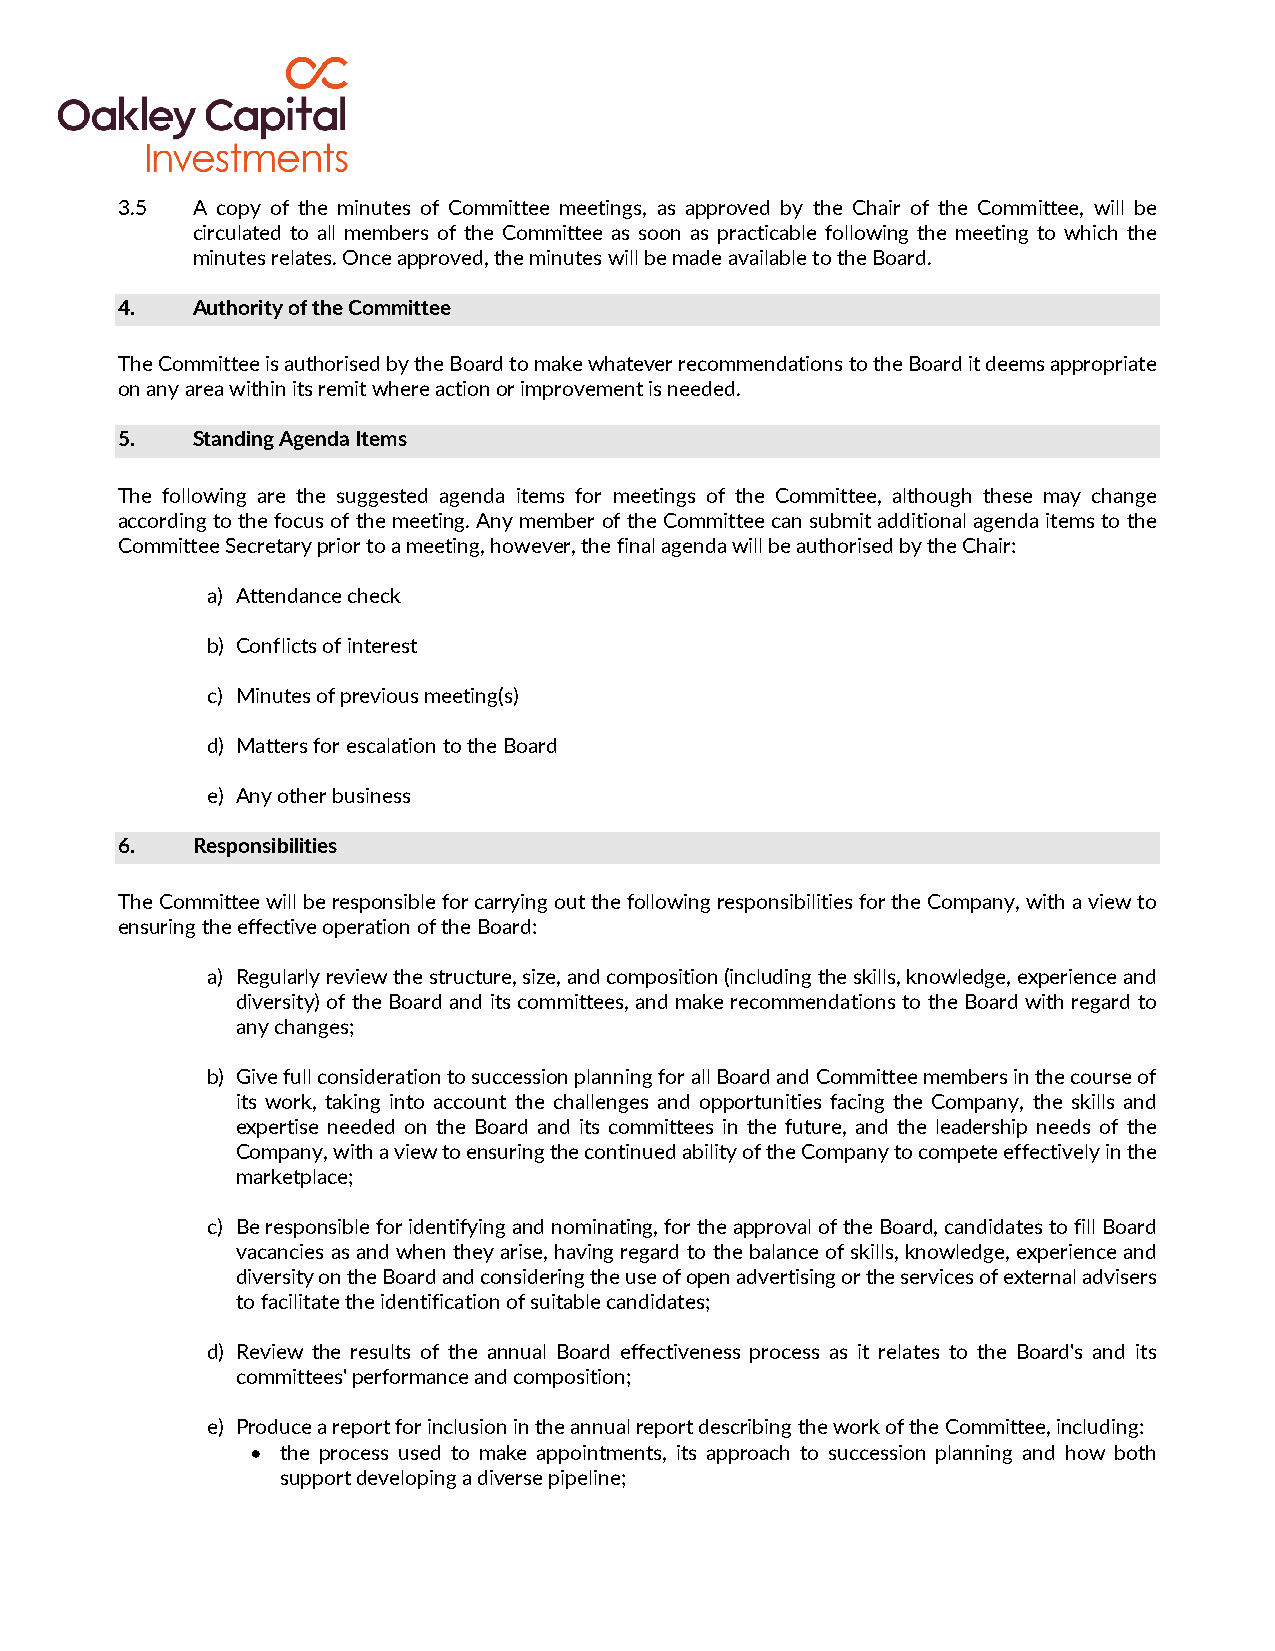
3.5  A copy of the minutes of Committee meetings, as approved by the Chair of the Committee, will be
 circulated to all members of the Committee as soon as practicable following the meeting to which the
 minutes relates. Once approved, the minutes will be made available to the Board.
 4.   Authority of the Committee
 The Committee is authorised by the Board to make whatever recommendations to the Board it deems appropriate
 on any area within its remit where action or improvement is needed.
 5.   Standing Agenda Items
 The following are the suggested agenda items for meetings of the Committee, although these may change
 according to the focus of the meeting. Any member of the Committee can submit additional agenda items to the
 Committee Secretary prior to a meeting, however, the final agenda will be authorised by the Chair:
 a) Attendance check
 b) Conflicts of interest
 c) Minutes of previous meeting(s)
 d) Matters for escalation to the Board
 e) Any other business
 6.   Responsibilities
 The Committee will be responsible for carrying out the following responsibilities for the Company, with a view to
 ensuring the effective operation of the Board:
 a) Regularly review the structure, size, and composition (including the skills, knowledge, experience and
 diversity) of the Board and its committees, and make recommendations to the Board with regard to
 any changes;
 b) Give full consideration to succession planning for all Board and Committee members in the course of
 its work, taking into account the challenges and opportunities facing the Company, the skills and
 expertise needed on the Board and its committees in the future, and the leadership needs of the
 Company, with a view to ensuring the continued ability of the Company to compete effectively in the
 marketplace;
 c) Be responsible for identifying and nominating, for the approval of the Board, candidates to fill Board
 vacancies as and when they arise, having regard to the balance of skills, knowledge, experience and
 diversity on the Board and considering the use of open advertising or the services of external advisers
 to facilitate the identification of suitable candidates;
 d) Review the results of the annual Board effectiveness process as it relates to the Board's and its
 committees' performance and composition;
 e) Produce a report for inclusion in the annual report describing the work of the Committee, including:
 • the process used to make appointments, its approach to succession planning and how both
 support developing a diverse pipeline;